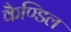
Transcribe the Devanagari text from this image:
कैण्डिल